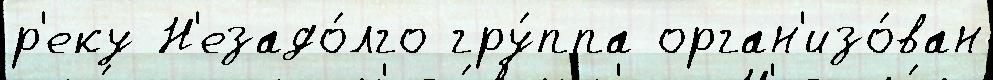
р'еку Н'езадо́лго гру́ппа орган'изо́ван